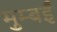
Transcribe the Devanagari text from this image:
मुम्बईं